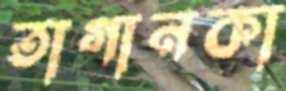
তাগানকা